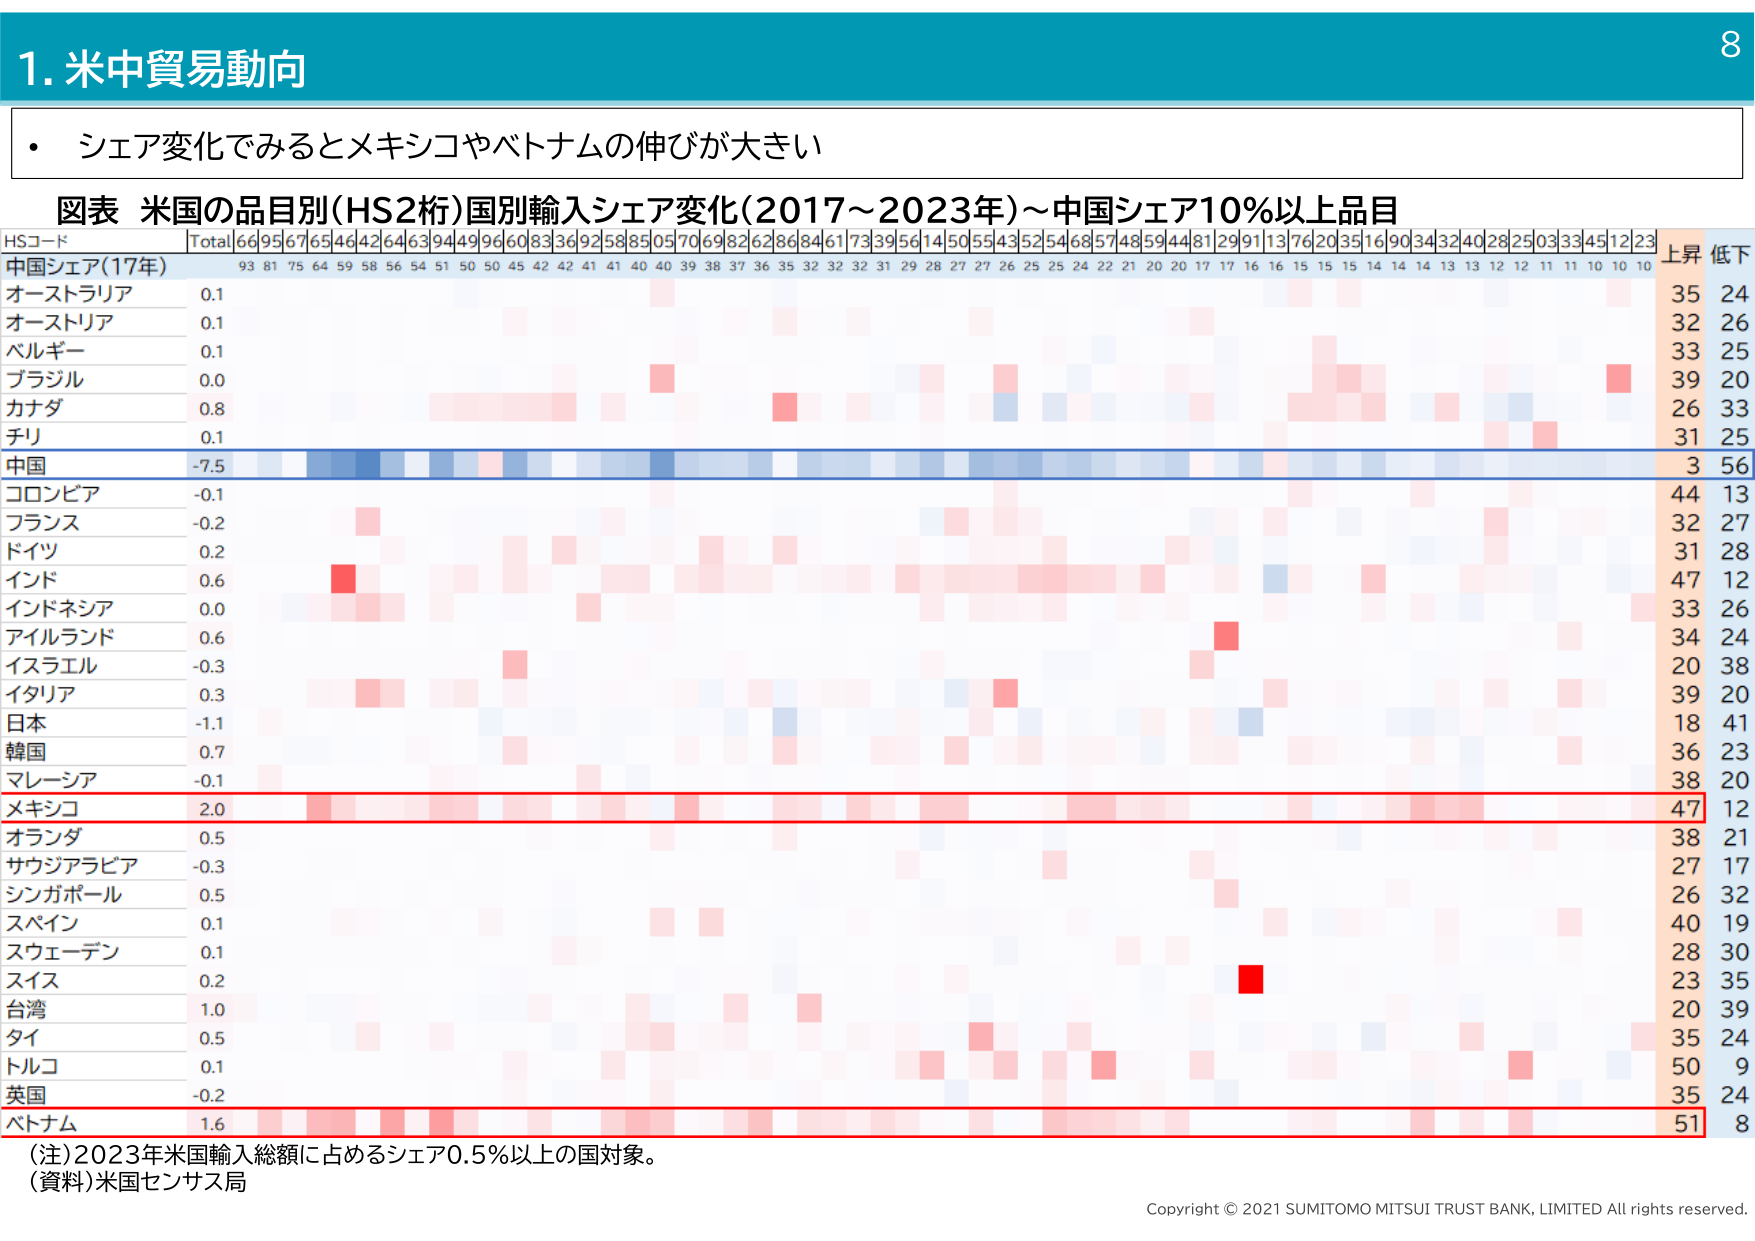
1. 米中貿易動向

・ シェア変化でみるとメキシコやベトナムの伸びが大きい

図表 米国の品目別(HS2桁)国別輸入シェア変化(2017～2023年)～中国シェア10%以上品目

HSコード Total 66 95 67 65 46 42 64 63 94 49 96 60 83 36 92 58 85 05 70 69 82 62 86 84 61 73 39 56 14 50 55 43 52 54 68 57 48 59 44 81 29 91 13 76 20 35 16 90 34 32 40 28 25 03 33 45 12 23 上昇 低下
中国シェア(17年) 93 81 75 64 59 58 56 54 51 50 50 45 42 42 41 41 40 40 39 38 37 36 35 32 32 31 29 28 27 27 26 25 25 24 22 21 20 20 17 17 16 16 15 15 15 14 14 14 13 12 12 11 11 10 10 10
オーストラリア 0.1 35 24
オーストリア 0.1 32 26
ベルギー 0.1 33 25
ブラジル 0.0 39 20
カナダ 0.8 26 33
チリ 0.1 31 25
中国 -7.5 3 56
コロンビア -0.1 44 13
フランス -0.2 32 27
ドイツ 0.2 31 28
インド 0.6 47 12
インドネシア 0.0 33 26
アイルランド 0.6 34 24
イスラエル -0.3 20 38
イタリア 0.3 39 20
日本 -1.1 18 41
韓国 0.7 36 23
マレーシア -0.1 38 20
メキシコ 2.0 47 12
オランダ 0.5 38 21
サウジアラビア -0.3 27 17
シンガポール 0.5 26 32
スペイン 0.1 40 19
スウェーデン 0.1 28 30
スイス 0.2 23 35
台湾 1.0 20 39
タイ 0.5 35 24
トルコ 0.1 50 9
英国 -0.2 35 24
ベトナム 1.6 51 8

(注)2023年米国輸入総額に占めるシェア0.5%以上の国対象。
(資料)米国センサス局

Copyright © 2021 SUMITOMO MITSUI TRUST BANK, LIMITED All rights reserved.